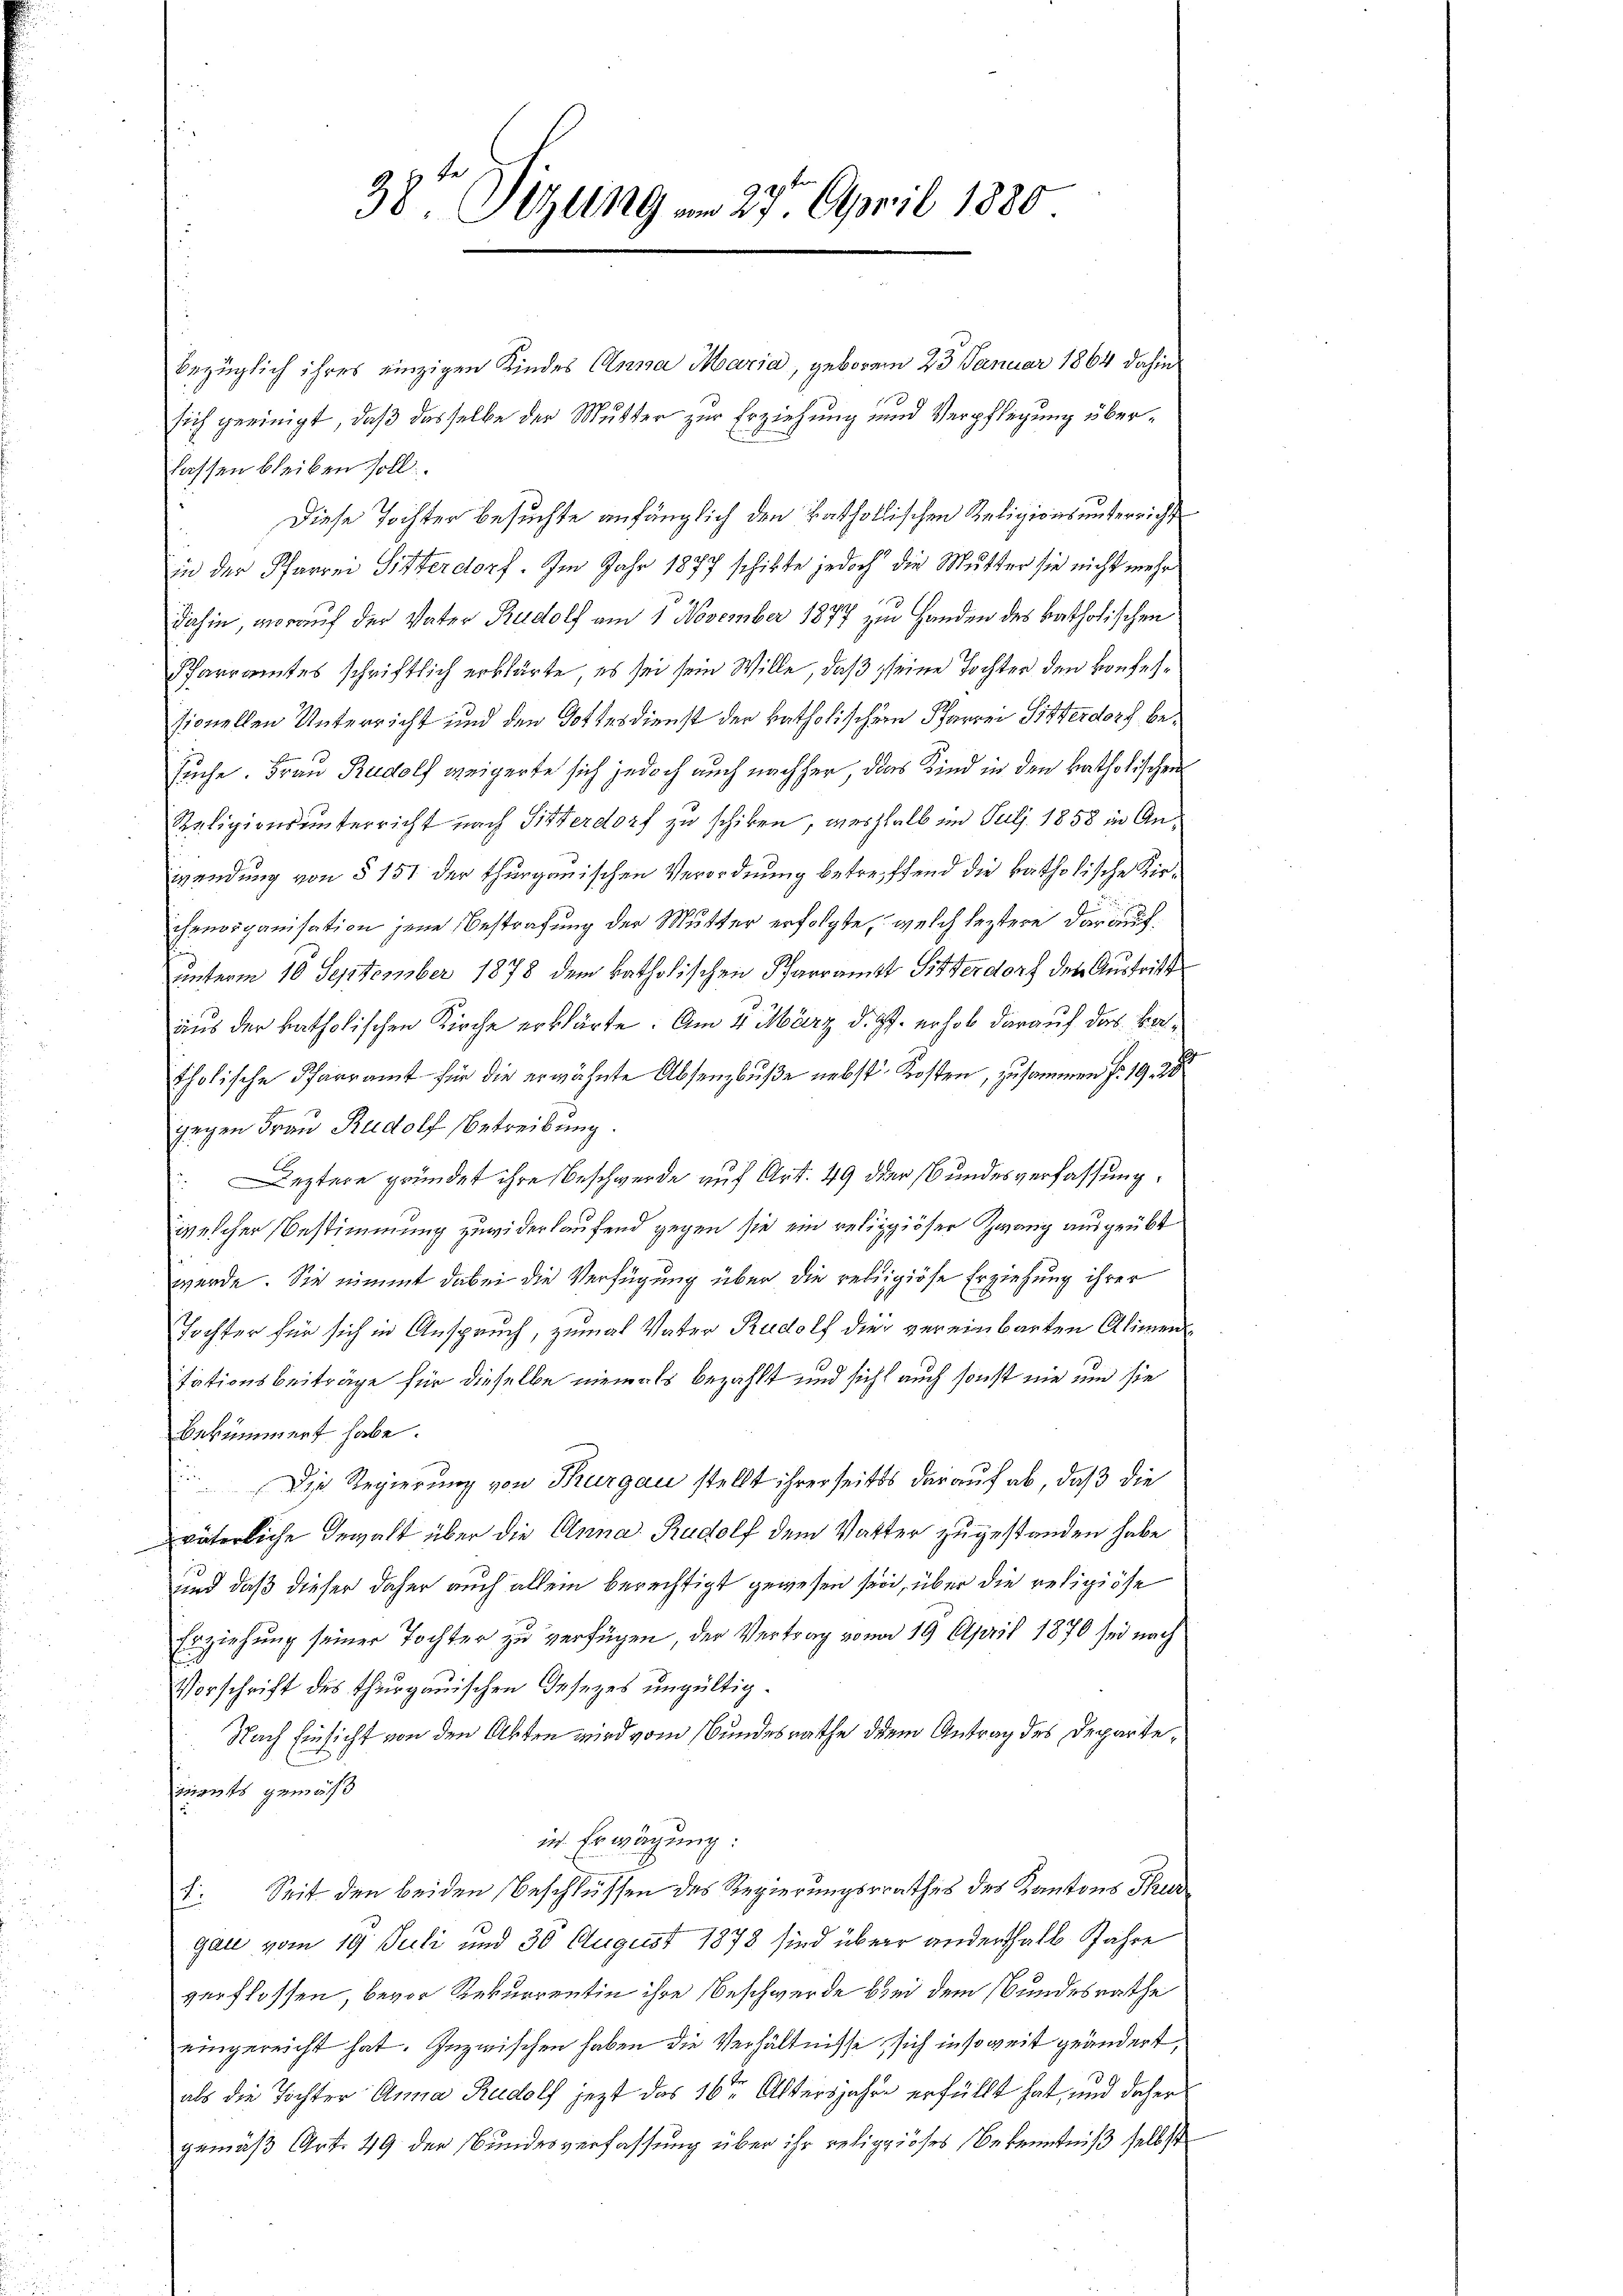
38te Sitzung am 27. April 1880

bezüglich ihres einzigen Kindes Anna Maria, geboren 23 Januar 1864 dahin
sich geeinigt, daß dasselbe der Mutter zur Erziehung und Verpflegung überlassen bleiben soll.
Diese Tochter besuchte anfänglich den katholischen Religionsunterricht
in der Pfarrei Sitterdorf. Im Jahr 1877 schikte jedoch die Mutter sie nicht mehr
3
dahin, worauf der Vater Rudolf am 1. November 1877 zu Handen des katholischen
Pfarramtes schriftlich erklärte, es sei sein Wille, daß seine Tochter den Bonhelsionellen Unterricht und den Gottesdienst der katholischern Pfarrei Sitterdorf besuche. Frau Rudolf weigerte sich jedoch auch nachher, das Kind in den katholischen
Religionsunterricht nach Sitterdorf zu schiken, wesshalb im Juli 1858 in Anwendung von § 151 der thurgauischen Verordnung betreffend die katholische Kirchenorganisation jene Bestrafung der Mutter erfolgte, welch leztere daraufunterm 16 September 1878 dem katholischen Pfarramts Sitterdorf der Austritt
aus der katholischen Kirche erklärte. Am 4. März d. Js. erhob darauf das Bartholische Pfarramt für die erwähnte Absenzbuße nebst Kosten, zusammen f. 19. 28
gegen Frau Rudolf Betreibung.
Leztere gründet ihre Beschwerde auf Art. 49 der Bundesverfassung.
welcher Bestimmung zuwiderlaufend gegen sie ein religiöser Zwang ausgeübt
werde. Sie nimmt dabei die Verfügung über die religiöse Erziehung ihrer
Tochter für sich in Anspruch, zumal Vater Rudolf dies vereinbarten Alimentationsbeiträge für dieselbe niemals bezahlt und sicht auch sonst nie um sie
bekümmert habe.
Die Regierung von Thurgau stellt ihrerseits darauf ab, daß die
väterliche Gewalt über die Anna Rudolf dem Vatter zugestanden habe
und daß dieser daher auch allein berechtigt gewesen sein, über die religiöse
Erziehung seiner Tochter zu verfügen, der Vertrag vom 19. April 1870 sei nach
Vorschrift des Thurgauischen Gesezes ungültig.
Nach Einsicht von den Akten wird vom Bundesrathe dem Antrag des Departemnents gemäß
in Erwägung:
Seit den beiden Beschlüssen des Regierungsrathes des Kantons Thur
.
gau vom 19. Juli und 30 August 1878 sind über anderthalb Jahre
verflossen, bevor Rekurrentin ihre Beschwerde bei dem Bundesrathe
eingereicht hat. Inzwischen haben die Verhältnisse, sich insoweit geändert,
als die Tochter Anna Rudolf jezt das 16ten Altersjahre erfüllt hat, und daher
gemäß Art. 49 der Bundesverfassung über ihr religiöses Bekenntniß selbst